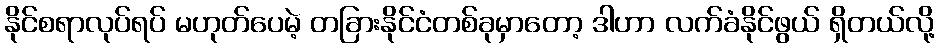
နိုင်စရာလုပ်ရပ် မဟုတ်ပေမဲ့ တခြားနိုင်ငံတစ်ခုမှာတော့ ဒါဟာ လက်ခံနိုင်ဖွယ် ရှိတယ်လို့